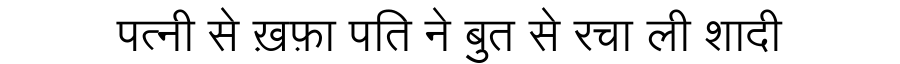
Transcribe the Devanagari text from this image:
पत्नी से ख़फ़ा पति ने बुत से रचा ली शादी